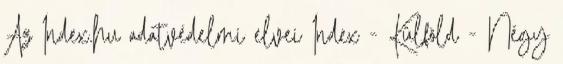
Az Index.hu adatvédelmi elvei Index - Külföld - Négy